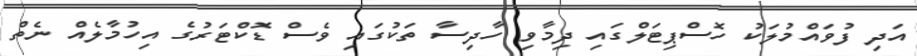
އަދި ފުވައްމުލަކު ހޮސްޕިޓަލްގައި ދިމާވި ހާދިސާ ތަކުގައި ވެސް ޑޮކްޓަރުގެ އިހުމާލެއް ނެތް